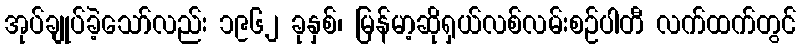
အုပ်ချုပ်ခဲ့သော်လည်း ၁၉၆၂ ခုနှစ်၊ မြန်မာ့ဆိုရှယ်လစ်လမ်းစဉ်ပါတီ လက်ထက်တွင်